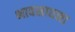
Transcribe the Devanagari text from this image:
भावसाधना